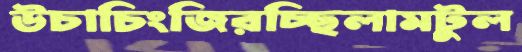
উচাচিংজিরচ্ছিলামটুল